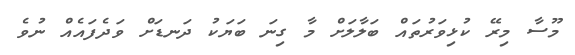
މޫސާ މިރޭ ކުޅިވަރުތައް ބަލާލަށް މާ ގިނަ ބަޔަކު ދަނޑަށް ވަދެފައެއް ނުވެ